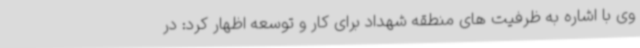
وی با اشاره به ظرفیت های منطقه شهداد برای کار و توسعه اظهار کرد: در